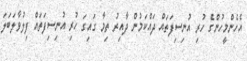
އެހެންމީހުންގެ ހުރި އުނިސިފަތައް ދައްކަމުން ދާއިރު ތިމާ ގައިގަ ހުރި އުނިސިފަތައް ފިލުވާލަބަލަ